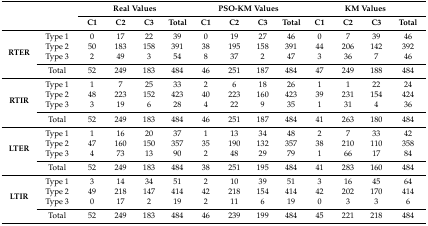
<table><thead><tr><td rowspan="2" colspan="2"></td><td colspan="4"><b>Real Values</b></td><td colspan="4"><b>PSO-KM Values</b></td><td colspan="4"><b>KM Values</b></td></tr><tr><td><b>C1</b></td><td><b>C2</b></td><td><b>C3</b></td><td><b>Total</b></td><td><b>C1</b></td><td><b>C2</b></td><td><b>C3</b></td><td><b>Total</b></td><td><b>C1</b></td><td><b>C2</b></td><td><b>C3</b></td><td><b>Total</b></td></tr></thead><tbody><tr><td rowspan="4"><b>RTER</b></td><td>Type 1</td><td>0</td><td>17</td><td>22</td><td>39</td><td>0</td><td>19</td><td>27</td><td>46</td><td>0</td><td>7</td><td>39</td><td>46</td></tr><tr><td>Type 2</td><td>50</td><td>183</td><td>158</td><td>391</td><td>38</td><td>195</td><td>158</td><td>391</td><td>44</td><td>206</td><td>142</td><td>392</td></tr><tr><td>Type 3</td><td>2</td><td>49</td><td>3</td><td>54</td><td>8</td><td>37</td><td>2</td><td>47</td><td>3</td><td>36</td><td>7</td><td>46</td></tr><tr><td>Total</td><td>52</td><td>249</td><td>183</td><td>484</td><td>46</td><td>251</td><td>187</td><td>484</td><td>47</td><td>249</td><td>188</td><td>484</td></tr><tr><td rowspan="4"><b>RTIR</b></td><td>Type 1</td><td>1</td><td>7</td><td>25</td><td>33</td><td>2</td><td>6</td><td>18</td><td>26</td><td>1</td><td>1</td><td>22</td><td>24</td></tr><tr><td>Type 2</td><td>48</td><td>223</td><td>152</td><td>423</td><td>40</td><td>223</td><td>160</td><td>423</td><td>39</td><td>231</td><td>154</td><td>424</td></tr><tr><td>Type 3</td><td>3</td><td>19</td><td>6</td><td>28</td><td>4</td><td>22</td><td>9</td><td>35</td><td>1</td><td>31</td><td>4</td><td>36</td></tr><tr><td>Total</td><td>52</td><td>249</td><td>183</td><td>484</td><td>46</td><td>251</td><td>187</td><td>484</td><td>41</td><td>263</td><td>180</td><td>484</td></tr><tr><td rowspan="4"><b>LTER</b></td><td>Type 1</td><td>1</td><td>16</td><td>20</td><td>37</td><td>1</td><td>13</td><td>34</td><td>48</td><td>2</td><td>7</td><td>33</td><td>42</td></tr><tr><td>Type 2</td><td>47</td><td>160</td><td>150</td><td>357</td><td>35</td><td>190</td><td>132</td><td>357</td><td>38</td><td>210</td><td>110</td><td>358</td></tr><tr><td>Type 3</td><td>4</td><td>73</td><td>13</td><td>90</td><td>2</td><td>48</td><td>29</td><td>79</td><td>1</td><td>66</td><td>17</td><td>84</td></tr><tr><td>Total</td><td>52</td><td>249</td><td>183</td><td>484</td><td>38</td><td>251</td><td>195</td><td>484</td><td>41</td><td>283</td><td>160</td><td>484</td></tr><tr><td rowspan="4"><b>LTIR</b></td><td>Type 1</td><td>3</td><td>14</td><td>34</td><td>51</td><td>2</td><td>10</td><td>39</td><td>51</td><td>3</td><td>16</td><td>45</td><td>64</td></tr><tr><td>Type 2</td><td>49</td><td>218</td><td>147</td><td>414</td><td>42</td><td>218</td><td>154</td><td>414</td><td>42</td><td>202</td><td>170</td><td>414</td></tr><tr><td>Type 3</td><td>0</td><td>17</td><td>2</td><td>19</td><td>2</td><td>11</td><td>6</td><td>19</td><td>0</td><td>3</td><td>3</td><td>6</td></tr><tr><td>Total</td><td>52</td><td>249</td><td>183</td><td>484</td><td>46</td><td>239</td><td>199</td><td>484</td><td>45</td><td>221</td><td>218</td><td>484</td></tr></tbody></table>